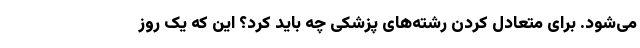
می‌شود. برای متعادل کردن رشته‌های پزشکی چه باید کرد؟ این که یک روز